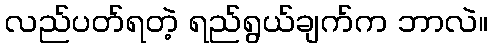
လည်ပတ်ရတဲ့ ရည်ရွယ်ချက်က ဘာလဲ။